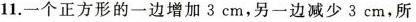
11. 一个正方形的一边增加3cm，另一边减少3cm，所